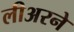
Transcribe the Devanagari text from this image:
लीअरने